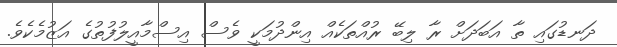
ދަނޑުގައި ތާ އަބަދަށް ރާ ލިބޭ ރުއްތަކެއް އިންދުމަކީ ވެސް އިސްމާއީލުފުތުގެ އަޒުމެކެވެ.